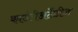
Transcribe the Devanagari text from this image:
काउंटीअटेंडीज़